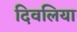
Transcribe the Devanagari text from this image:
दिवलिया